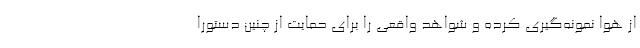
از هوا نمونه‌گیری کرده و شواهد واقعی را برای حمایت از چنین دستورا